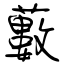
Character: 藪